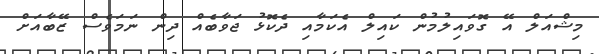
މިޝްއަލް އޭ ގޮވައިލުމުން ކައިލް އެކަމާއި ދެކޮޅު ޖަވާބެއް ދިން ނަމަވެސް ޒޭބާއަށް